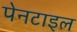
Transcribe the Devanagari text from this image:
पेनटाइल